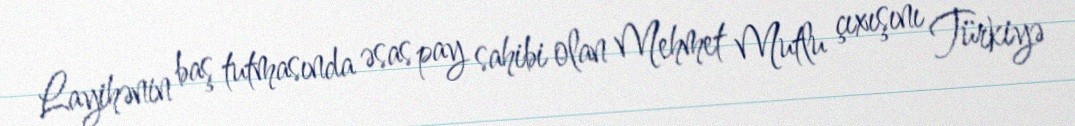
Layihənin baş tutmasında əsas pay sahibi olan Mehmet Mutlu çıxışını Türkiyə